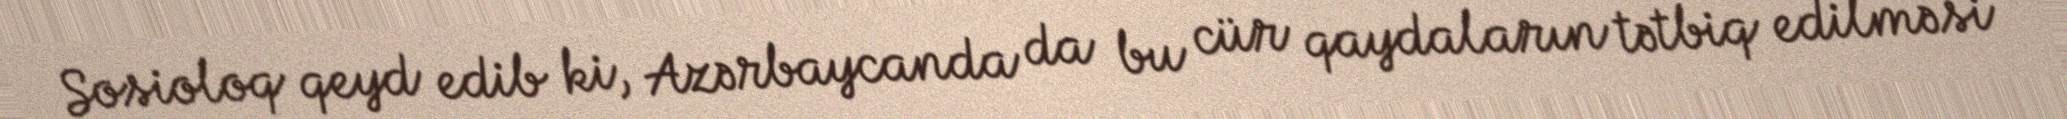
Sosioloq qeyd edib ki, Azərbaycanda da bu cür qaydaların tətbiq edilməsi